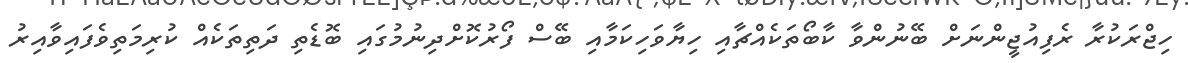
ހިޖްރަކުރާ ރެފިއުޖީންނަށް ބޭނުންވާ ކާބޯތަކެއްޗާއި ހިޔާވަހިކަމާއި ބޭސް ފޯރުކޮށްދިނުމުގައި ބޮޑެތި ދަތިތަކެއް ކުރިމަތިވެފައިވާއިރު